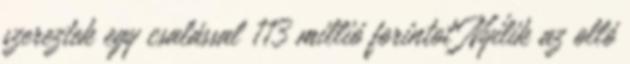
szereztek egy csalással 113 millió forintot Nyílik az olló